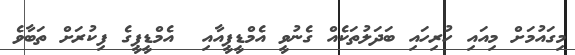
މިގައުމަށް މިއައި ހުރިހައި ބަދަލުތަކެއް ގެނުވީ އެމްޑީޕީއާއި  އެމްޑީޕީގެ ފިކުރަށް ތަބާވެ